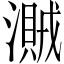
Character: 𣿐